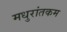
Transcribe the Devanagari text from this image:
मधुरांतकम